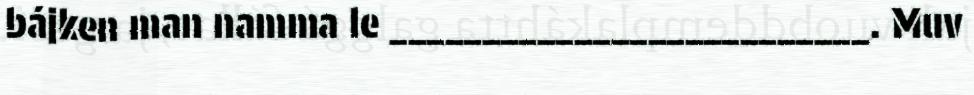
bájken man namma le __________________________. Muv